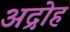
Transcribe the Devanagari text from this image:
अद्रोह